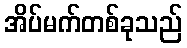
အိပ်မက်တစ်ခုသည်